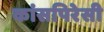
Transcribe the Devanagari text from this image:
कांसपिरेसी